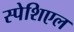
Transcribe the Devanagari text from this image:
स्पेशिएल